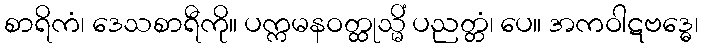
စာရိကံ၊ ဒေသစာရီကို။ ပက္ကမနဝတ္ထုသ္မိံ ပညတ္တံ၊ ပေ။ အကဝါဋဗဒ္ဓေ၊